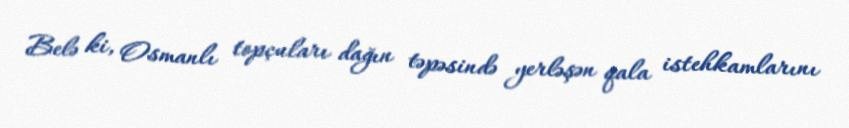
Belə ki, Osmanlı topçuları dağın təpəsində yerləşən qala istehkamlarını